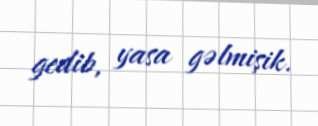
gedib, yasa gəlmişik.